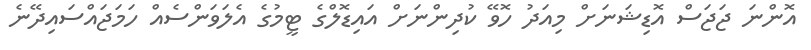
އޮންނަ ޖަޖަސް އޮޑިޝަނަށް މިއަދު ހޮވޭ ކުދިންނަށް އައިޑޮލްގެ ޓީމުގެ އެލަވަންސެއް ހަމަޖައްސައިދޭނެ